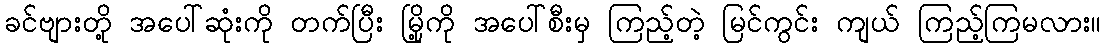
ခင်ဗျားတို့ အပေါ်ဆုံးကို တက်ပြီး မြို့ကို အပေါ်စီးမှ ကြည့်တဲ့ မြင်ကွင်း ကျယ် ကြည့်ကြမလား။